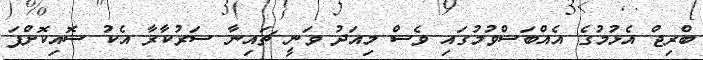
ބްރިޖް އެޅުމުގެ އެއްބަސްވުމުގައި ވެސް މިއަދު ވަނީ ޗައިނާ ސަރުކާރާ އެކު ސޮއިކޮށްފަ